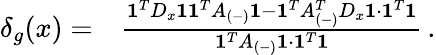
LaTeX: \begin{array}{rl}{\delta_{g}(x)=}&{{}\frac{\mathbf{1}^{T}D_{x}\mathbf{1}\mathbf{1}^{T}A_{(-)}\mathbf{1}-\mathbf{1}^{T}A_{(-)}^{T}D_{x}\mathbf{1}\cdot\mathbf{1}^{T}\mathbf{1}}{\mathbf{1}^{T}A_{(-)}\mathbf{1}\cdot\mathbf{1}^{T}\mathbf{1}}\, .}\end{array}